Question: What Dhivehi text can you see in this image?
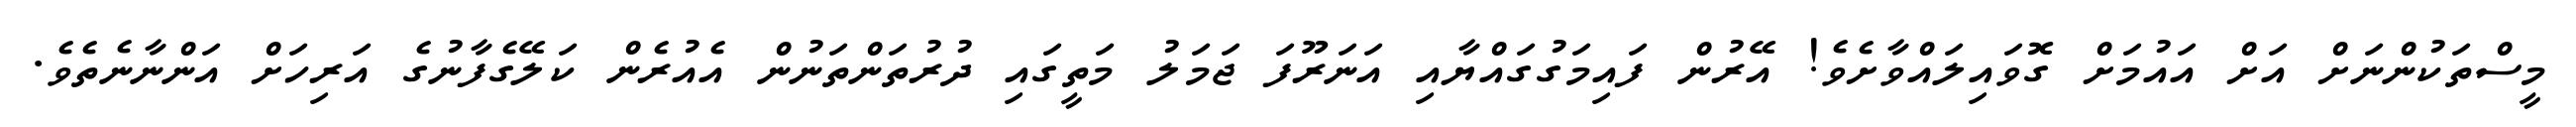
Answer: މީސްތަކުންނަށް އަށް އައުމަށް ގޮވައިލައްވާށެވެ! އޭރުން ފައިމަގުގައްޔާއި އަނަރޫފަ ޖަމަލު މަތީގައި ދުރުތަންތަނުން އެއުރެން ކަލޭގެފާނުގެ އަރިހަށް އަންނާނެތެވެ.